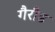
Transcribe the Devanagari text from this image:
गैरौड